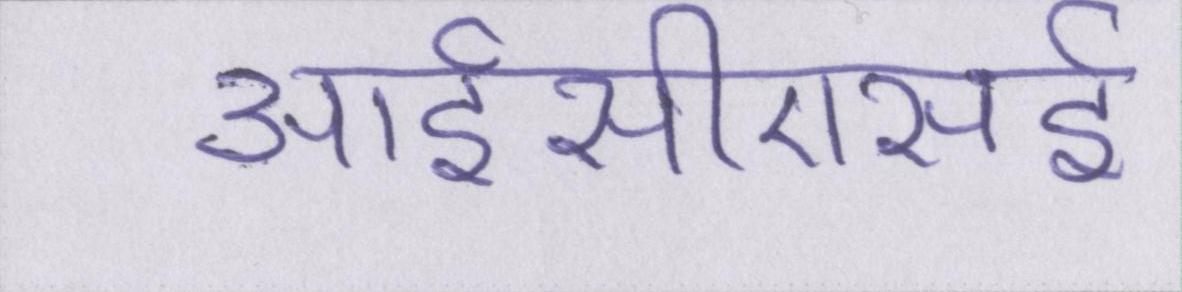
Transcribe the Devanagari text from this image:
आईसीएसई